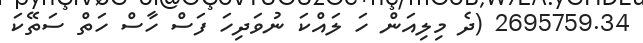
2695759.34 (ދެ މިލިއަން ހަ ލައްކަ ނުވަދިހަ ފަސް ހާސް ހަތް ސަތޭކަ